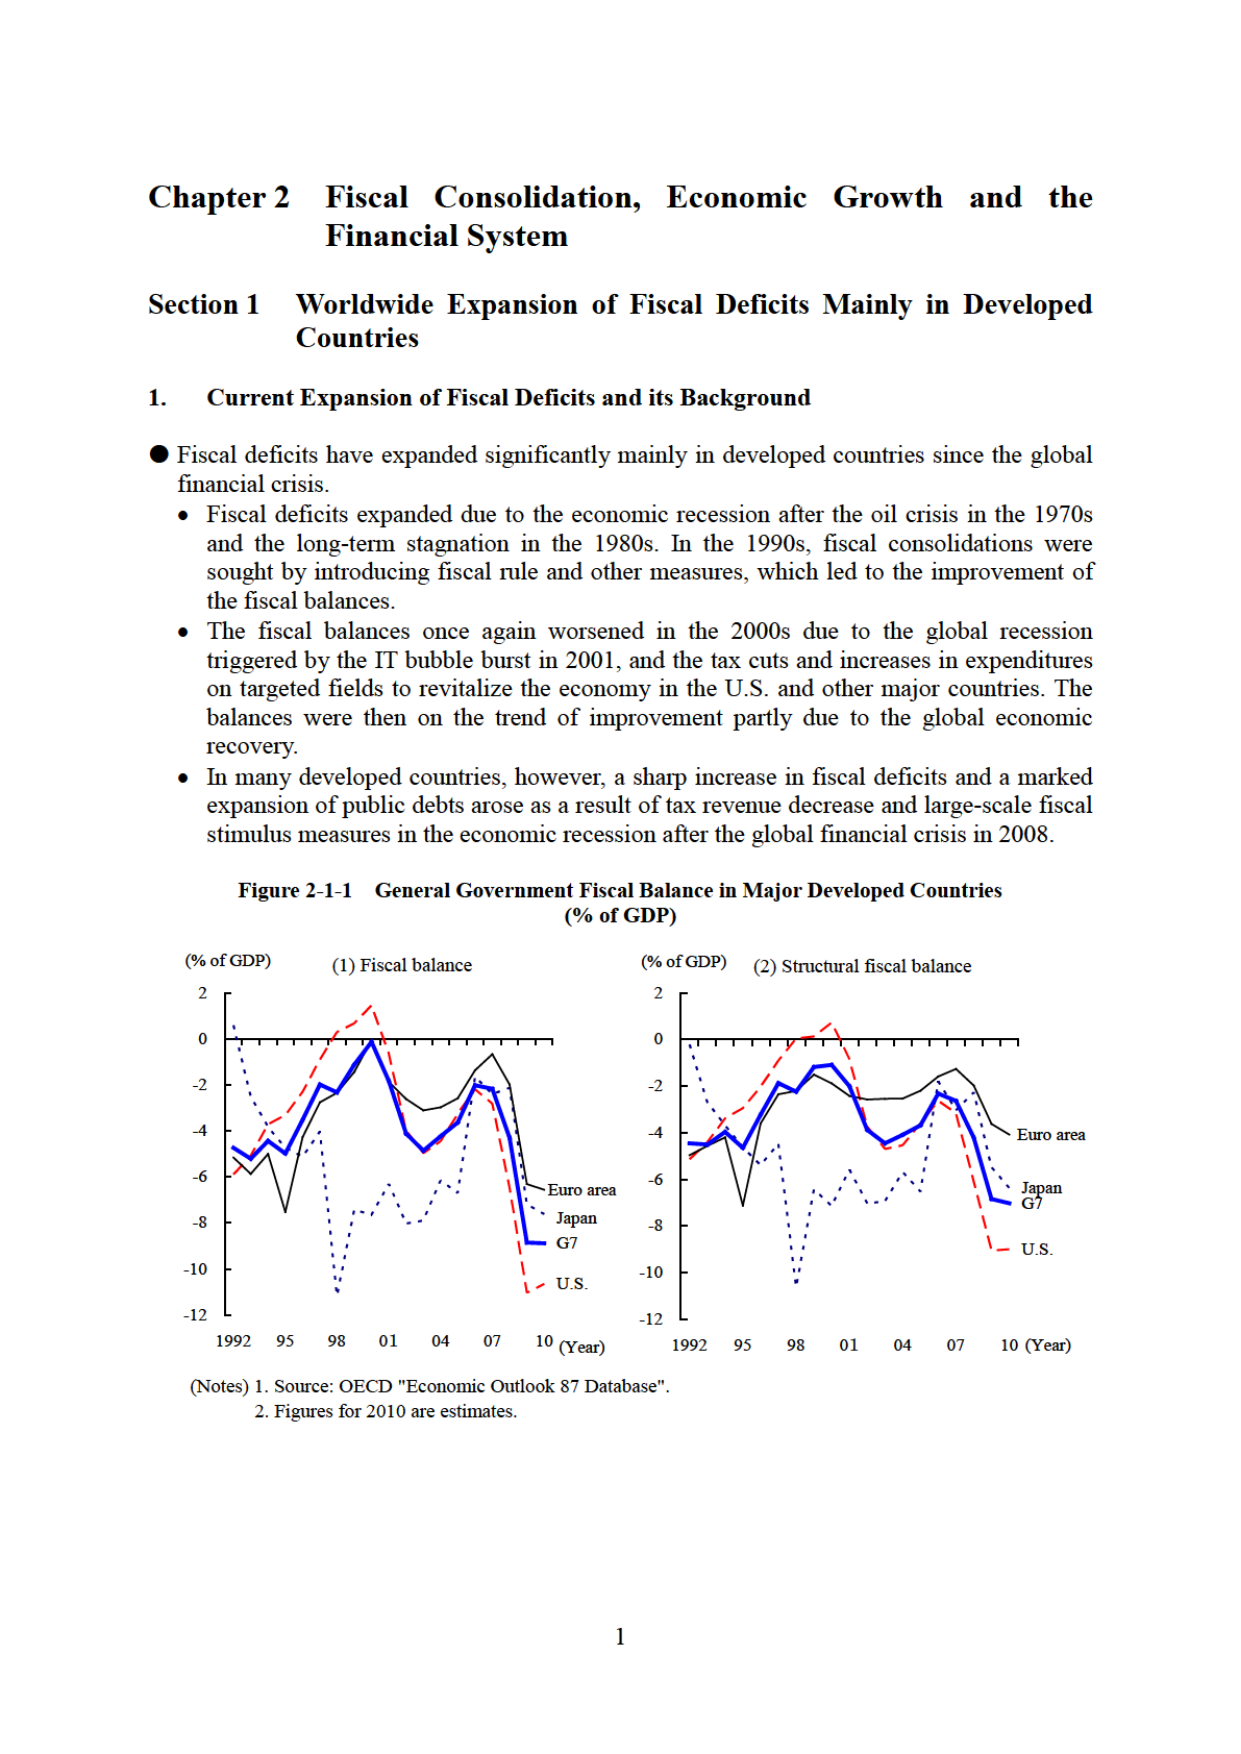
Chapter 2 Fiscal Consolidation, Economic Growth and the Financial System

Section 1 Worldwide Expansion of Fiscal Deficits Mainly in Developed Countries

1. Current Expansion of Fiscal Deficits and its Background

● Fiscal deficits have expanded significantly mainly in developed countries since the global financial crisis.
• Fiscal deficits expanded due to the economic recession after the oil crisis in the 1970s and the long-term stagnation in the 1980s. In the 1990s, fiscal consolidations were sought by introducing fiscal rule and other measures, which led to the improvement of the fiscal balances.
• The fiscal balances once again worsened in the 2000s due to the global recession triggered by the IT bubble burst in 2001, and the tax cuts and increases in expenditures on targeted fields to revitalize the economy in the U.S. and other major countries. The balances were then on the trend of improvement partly due to the global economic recovery.
• In many developed countries, however, a sharp increase in fiscal deficits and a marked expansion of public debts arose as a result of tax revenue decrease and large-scale fiscal stimulus measures in the economic recession after the global financial crisis in 2008.

Figure 2-1-1 General Government Fiscal Balance in Major Developed Countries (% of GDP)

(% of GDP) (1) Fiscal balance
(% of GDP) (2) Structural fiscal balance

Euro area
Japan
G7
U.S.

1992 95 98 01 04 07 10 (Year)
1992 95 98 01 04 07 10 (Year)

(Notes) 1. Source: OECD "Economic Outlook 87 Database".
2. Figures for 2010 are estimates.

1